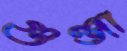
গুঞ্জা